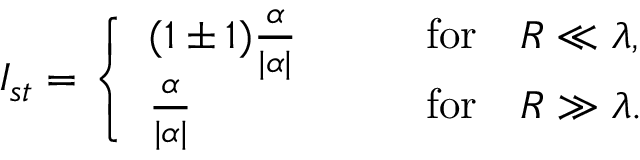
I _ { s t } = \left\{ \begin{array} { l l } { { ( 1 \pm 1 ) \frac { \alpha } { | \alpha | } \qquad } } & { { \mathrm { f o r } \quad R \ll \lambda , } } \\ { { \frac { \alpha } { | \alpha | } \qquad } } & { { \mathrm { f o r } \quad R \gg \lambda . } } \end{array} \right.